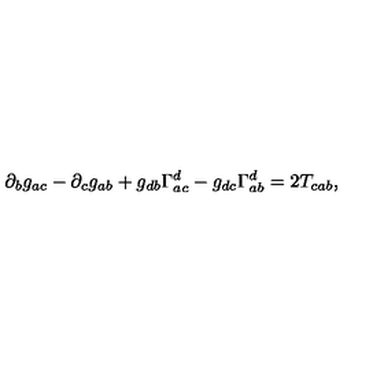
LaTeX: \partial _ { b } g _ { a c } - \partial _ { c } g _ { a b } + g _ { d b } \Gamma _ { a c } ^ { d } - g _ { d c } \Gamma _ { a b } ^ { d } = 2 T _ { c a b } ,